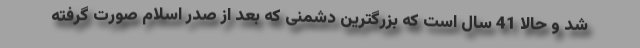
شد و حالا 41 سال است که بزرگترین دشمنی که بعد از صدر اسلام صورت گرفته